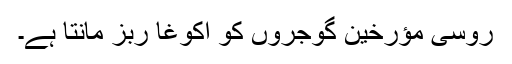
روسی مؤرخین گوجروں کو اکوغا ربز مانتا ہے۔